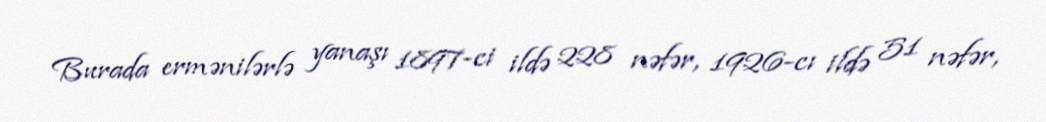
Burada ermənilərlə yanaşı 1897-ci ildə 228 nəfər, 1926-cı ildə 51 nəfər,